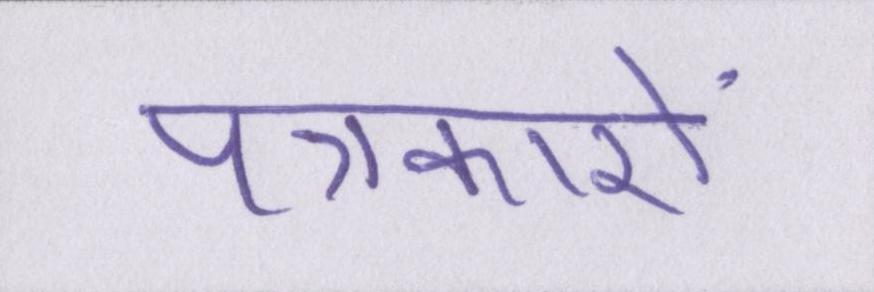
पत्रकारों